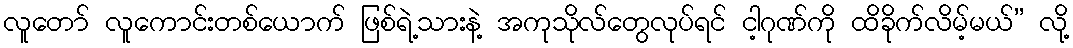
လူတော် လူကောင်းတစ်ယောက် ဖြစ်ရဲ့သားနဲ့ အကုသိုလ်တွေလုပ်ရင် ငါ့ဂုဏ်ကို ထိခိုက်လိမ့်မယ်” လို့